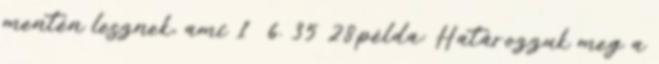
mentén lesznek, ami 1 6. 35 28.példa: Határozzuk meg a